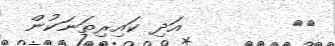
٤١        އަދި ކައިރިތަނަކުން